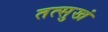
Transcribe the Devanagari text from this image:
तत्सुखं